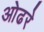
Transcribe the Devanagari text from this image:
ओढरे